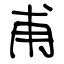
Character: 甫